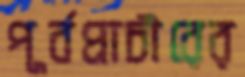
পূর্বপ্রাচীরের